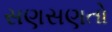
સણસણતો